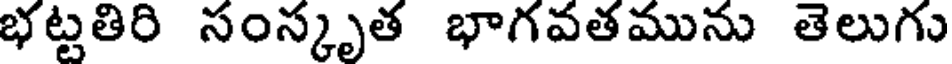
భట్టతిరి సంస్కృత భాగవతమును తెలుగు